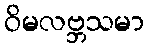
ဝိမလဗ္ဘသမာ